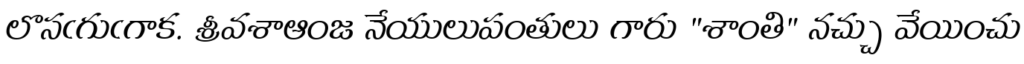
లొసఁగుఁగాక. శ్రీవశాఆంజ నేయులుపంతులు గారు "శాంతి" నచ్చు వేయించు